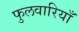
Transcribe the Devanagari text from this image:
फुलवारियाँ